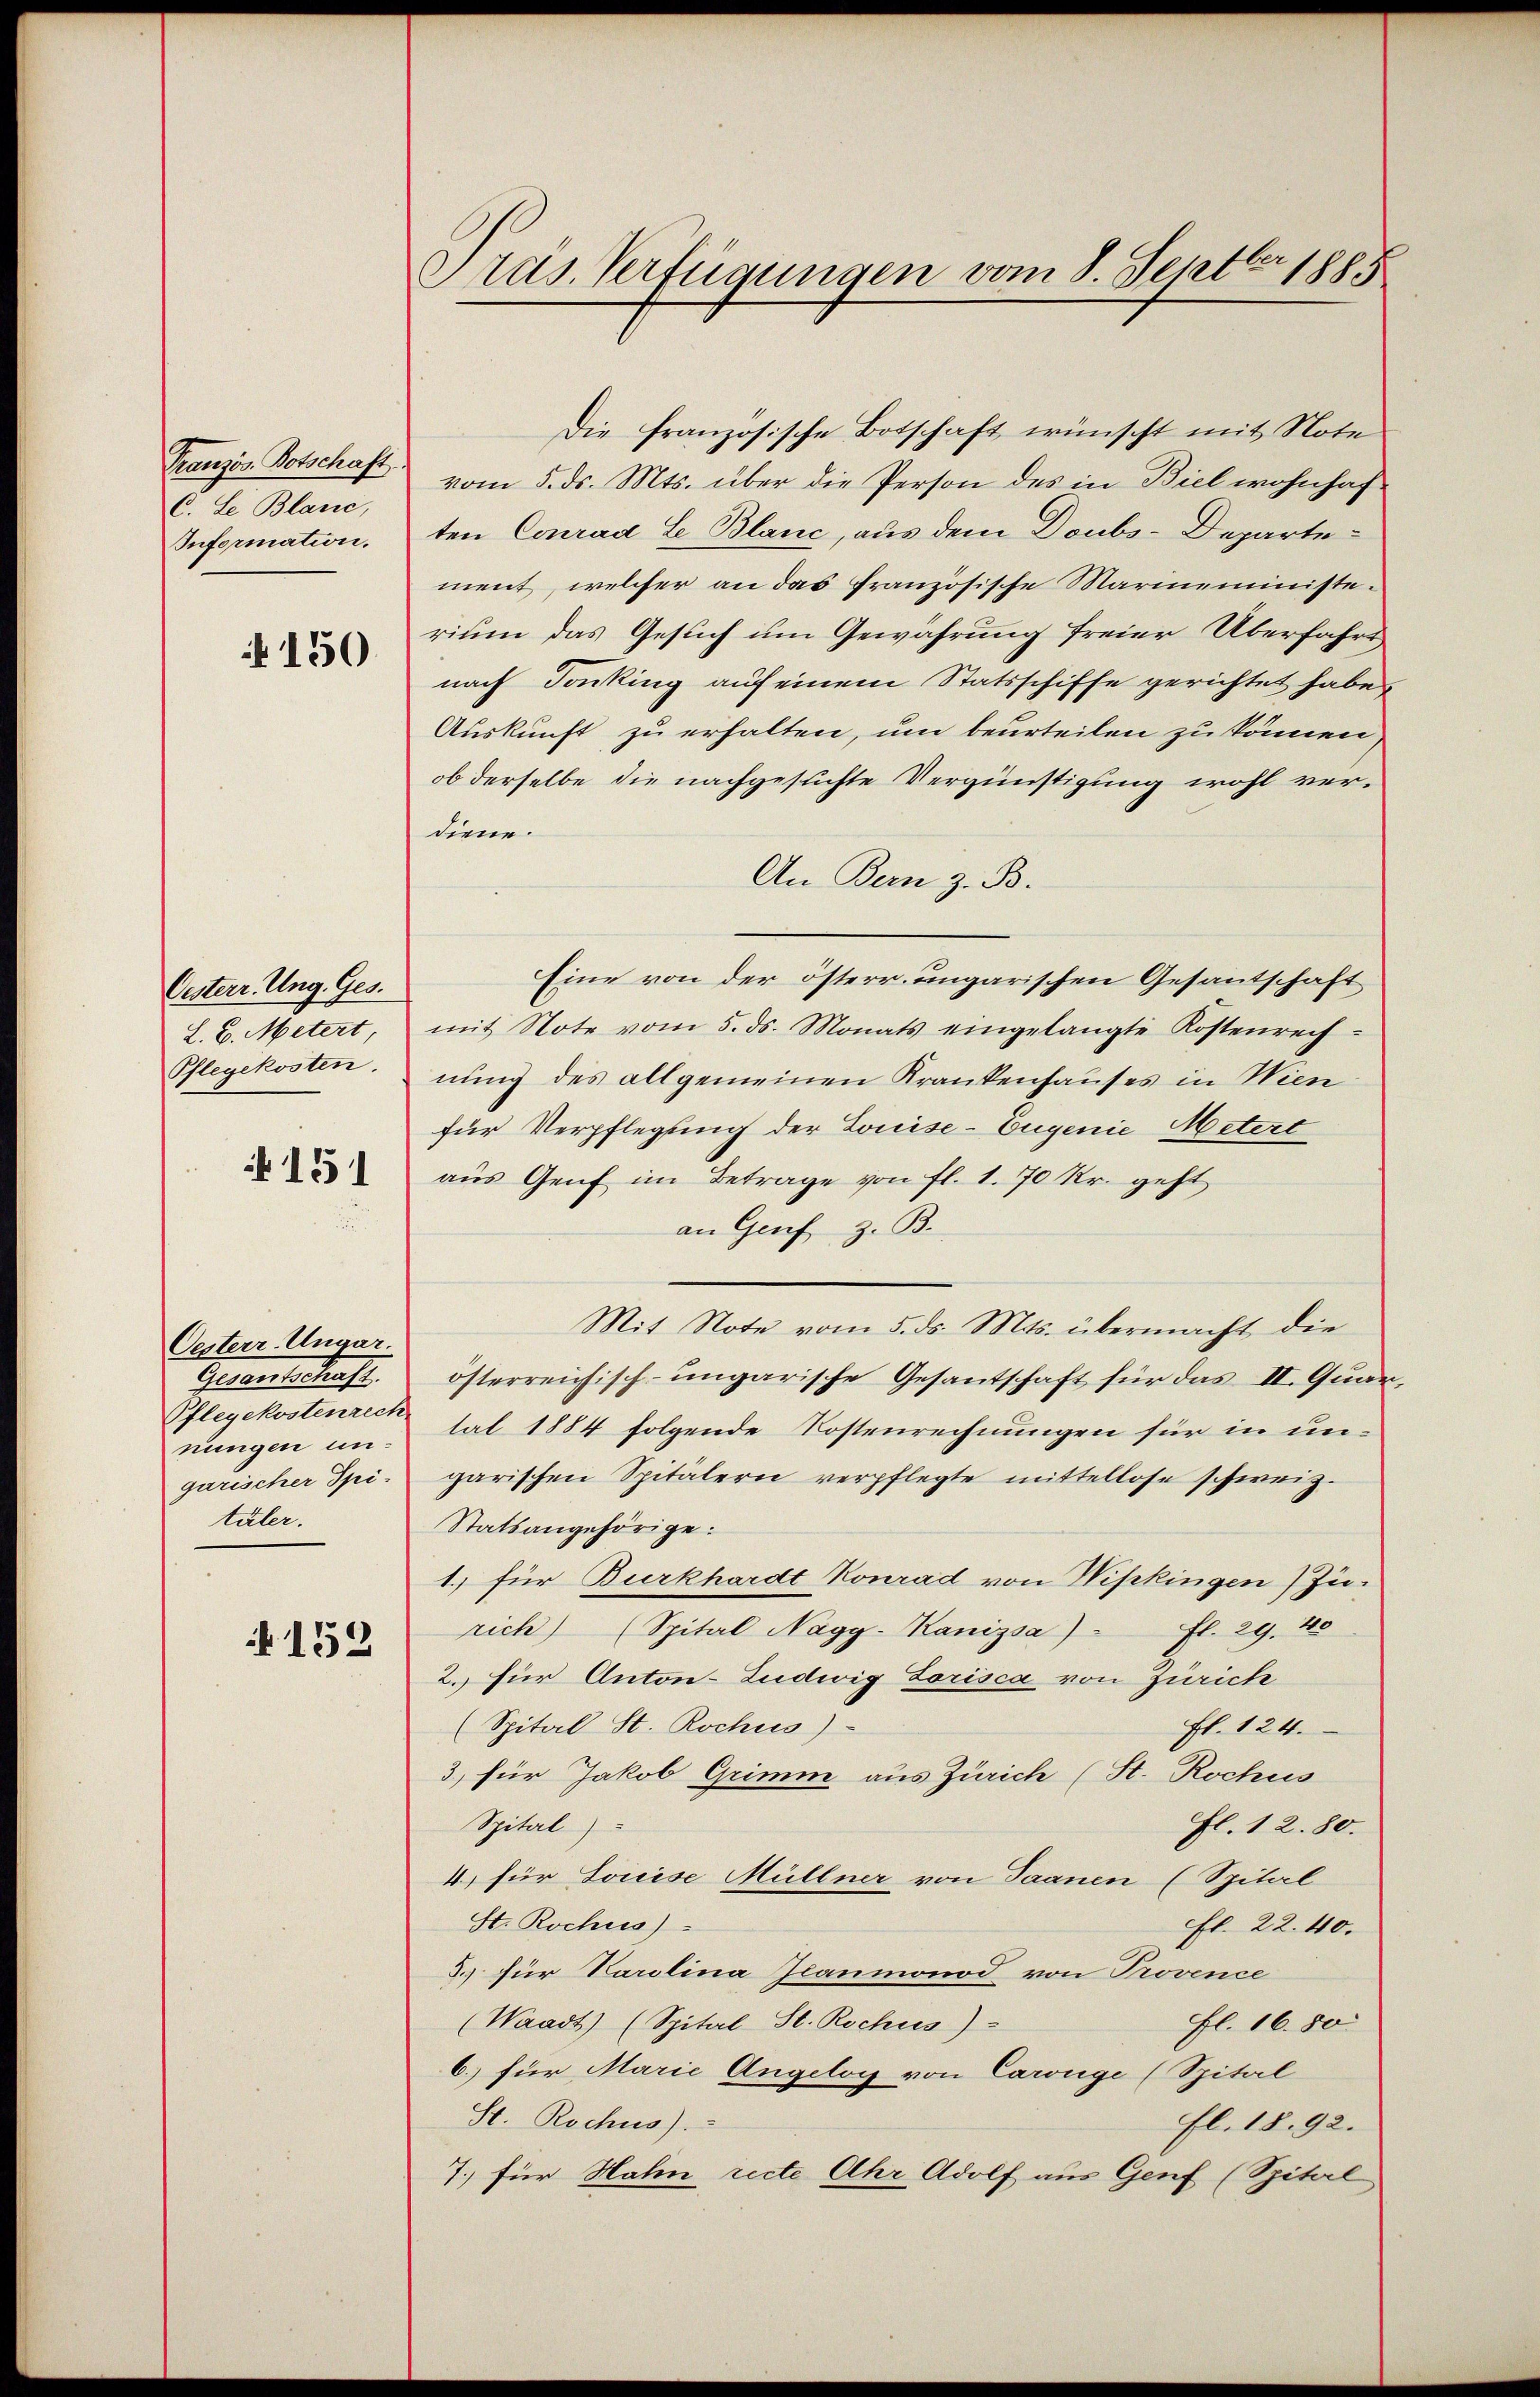
Französ. Botschaft
C. Le Blanc,
Information.

150

Osterr. Ung. Ges.
L. E. Metert,
Pflegekosten.

151

Oesterr. Ungar.
Gesantschaft.
Pflegekostenrech
nungen ungarischer Spituler.

152

Frds. Verfügungen vom 8. Septbr. 1885

Die französische Botschaft wünscht mit Note
vom 5. ds. Mts. über die Person des in Biel wohnhaf
ten Conrad L Blanc, aus dem Doubs-Departement, welcher an das französische Marmeministerium das Gesuch um Gewährung freier Überfahrs
nach Tonking auf einem Statsschiffe gerichtet habe,
Auskunft zu erhalten, um beurteilen zu können
ob derselbe die nachgesuchte Vergünstigung wohl verdiene.
An Bern z. B.
Eine von der österr. ungarischen Gesantschaft
mit Note vom 5. ds. Monats eingelangte Kostenrech-
nung des allgemeinen Krankenhauses in Wien
für Verpflegung der Louise- Eugenie Metert
aŭs Genf im Betrage von fl. 1. 70 Kr. geht
an Genf z. B.
Mit Note vom 5. ds. Mts. übermacht die
österreichisch-ungarische Gesantschaft für das II. Quar
tat 1884 folgende Kostenrechnungen für in ungarischen Spitälern verpflegte mittellose schweiz.
Statsangehörige.
1. für Burkhardt Konrad von Wipkingen Zufl. 29. 425
rich) (Spital Nagy-Kanizsa)
2. für Anton-Ludwig Lorisca von Zürich
(Spital St. Rochus)
fl. 124.
3) für Jakob Grimm aus Zürich (St. Rochus
Spital
fl. 12. 80.
4) für Louise Müllner von Saanen (Spital
St. Rochus
fl. 22. 40.
3.) für Parolina Glaumonod von Provence
(Waadt) (Spital St. Rochus)
fl. 16. 50.
6.) für Marie Angelog von Carige (Spital
St. Rochuo):
fl. 1892.
7.) für Hahn recte Uhr Adolf aus Genf (Spital